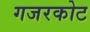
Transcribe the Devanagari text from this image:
गजरकोट